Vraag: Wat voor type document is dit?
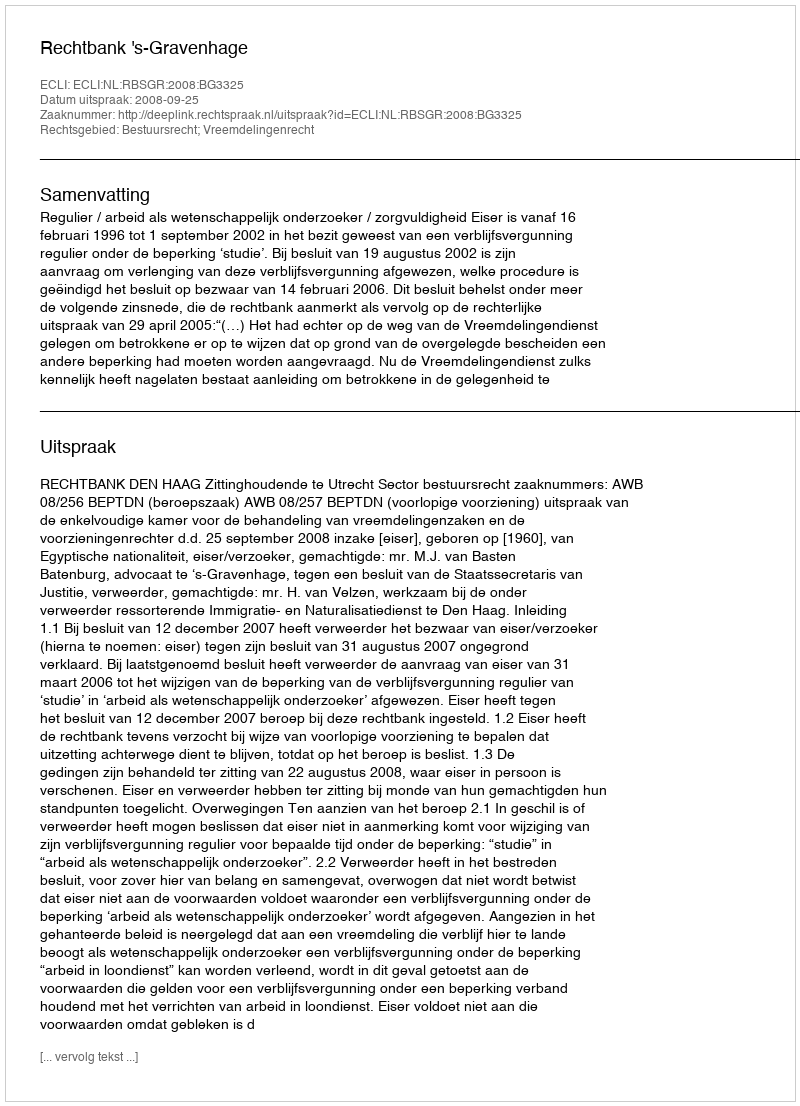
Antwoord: Uitspraak